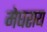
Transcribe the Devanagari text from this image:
मेघराय